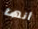
أنها